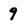
Character: 9